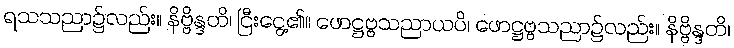
ရသသညာ၌လည်း။ နိဗ္ဗိန္ဒတိ၊ ငြီးငွေ့၏။ ဖောဋ္ဌဗ္ဗသညာယပိ၊ ဖောဋ္ဌဗ္ဗသညာ၌လည်း။ နိဗ္ဗိန္ဒတိ၊